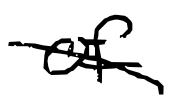
Text: of
Cross-out: diagonal
Writing tool: digital_black